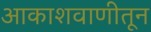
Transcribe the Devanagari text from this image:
आकाशवाणीतून